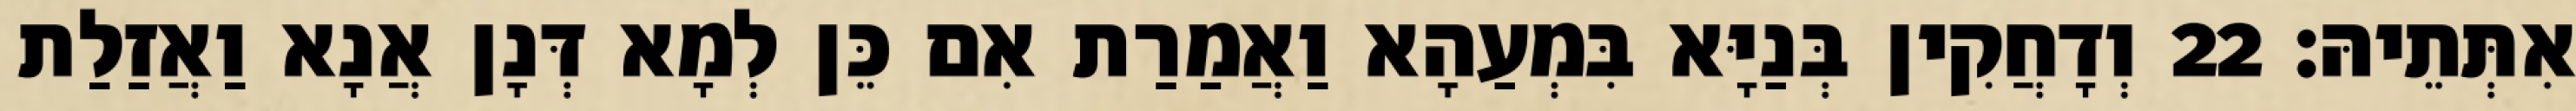
אִתְּתֵיהּ׃ 22 וְדָחֲקִין בְּנַיָּא בִּמְעַהָא וַאֲמַרַת אִם כֵּן לְמָא דְּנָן אֲנָא וַאֲזַלַת